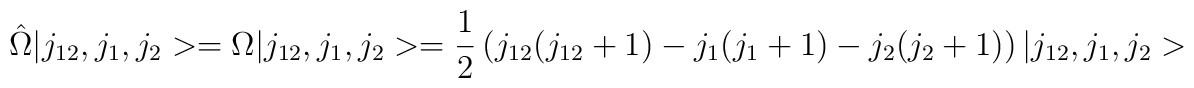
\hat\Omega\vert j_{12},j_1,j_2>=\Omega\vert j_{12},j_1,j_2>= {1\over2}\left( j_{12}(j_{12}+1)-j_1(j_1+1)-j_2(j_2+1)\right)\vert j_{12},j_1,j_2>